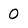
Character: 0